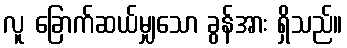
လူ ခြောက်ဆယ်မျှသော ခွန်အား ရှိသည်။